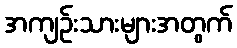
အကျဉ်းသားများအတွက်